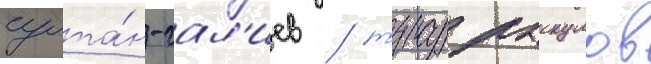
султа́н-гал'иев / турар рыскулов